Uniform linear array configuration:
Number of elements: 32
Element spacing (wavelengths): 0.25
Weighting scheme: kaiser
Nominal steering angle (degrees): -15
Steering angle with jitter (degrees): -14.572
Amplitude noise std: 0.05
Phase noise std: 0.05

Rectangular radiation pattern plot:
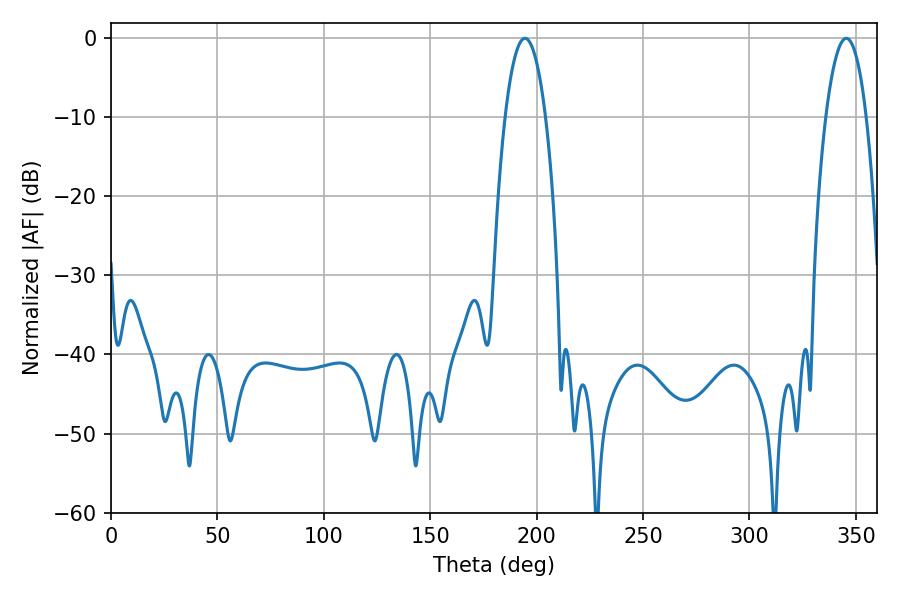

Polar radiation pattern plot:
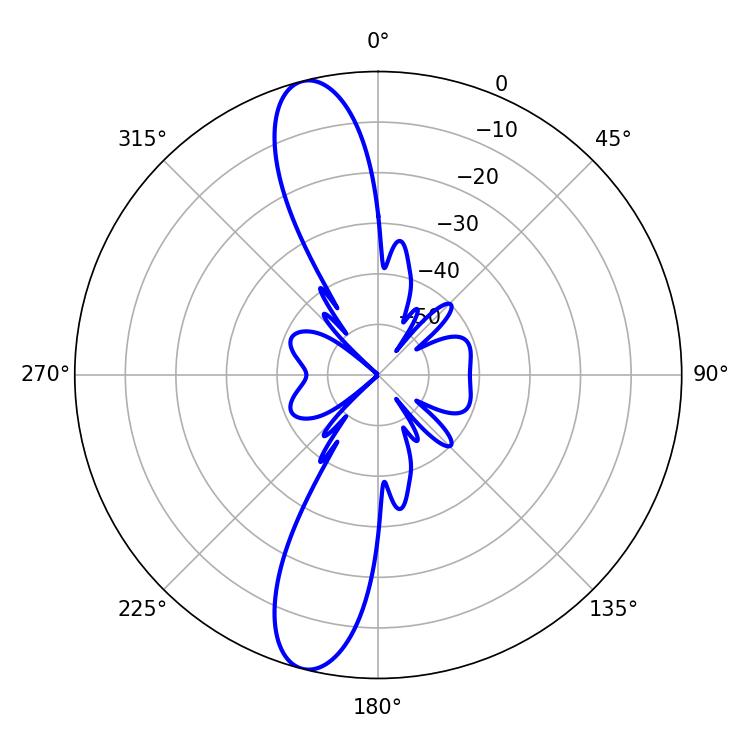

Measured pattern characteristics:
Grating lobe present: FALSE
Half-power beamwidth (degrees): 10.44
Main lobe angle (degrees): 345.42